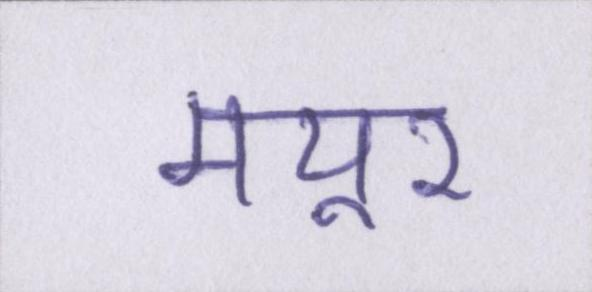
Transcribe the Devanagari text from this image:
मयूर